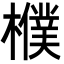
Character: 㯷